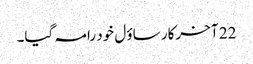
22 آ خرکار ساؤ ل خود رامہ گیا۔